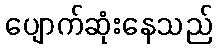
ပျောက်ဆုံးနေသည်